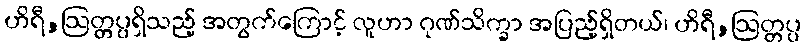
ဟိရီ,ဩတ္တပ္ပရှိသည့် အတွက်ကြောင့် လူဟာ ဂုဏ်သိက္ခာ အပြည့်ရှိတယ်၊ ဟိရီ,ဩတ္တပ္ပ